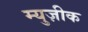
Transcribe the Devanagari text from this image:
म्युज़ीक